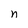
Character: n